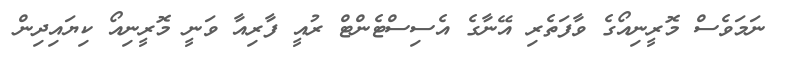
ނަމަވެސް މޮރީނިއޯގެ ވާފަތެރި އޭނާގެ އެސިސްޓެންޓް ރުއީ ފާރިއާ ވަނީ މޮރީނިއޯ ކިޔައިދިން